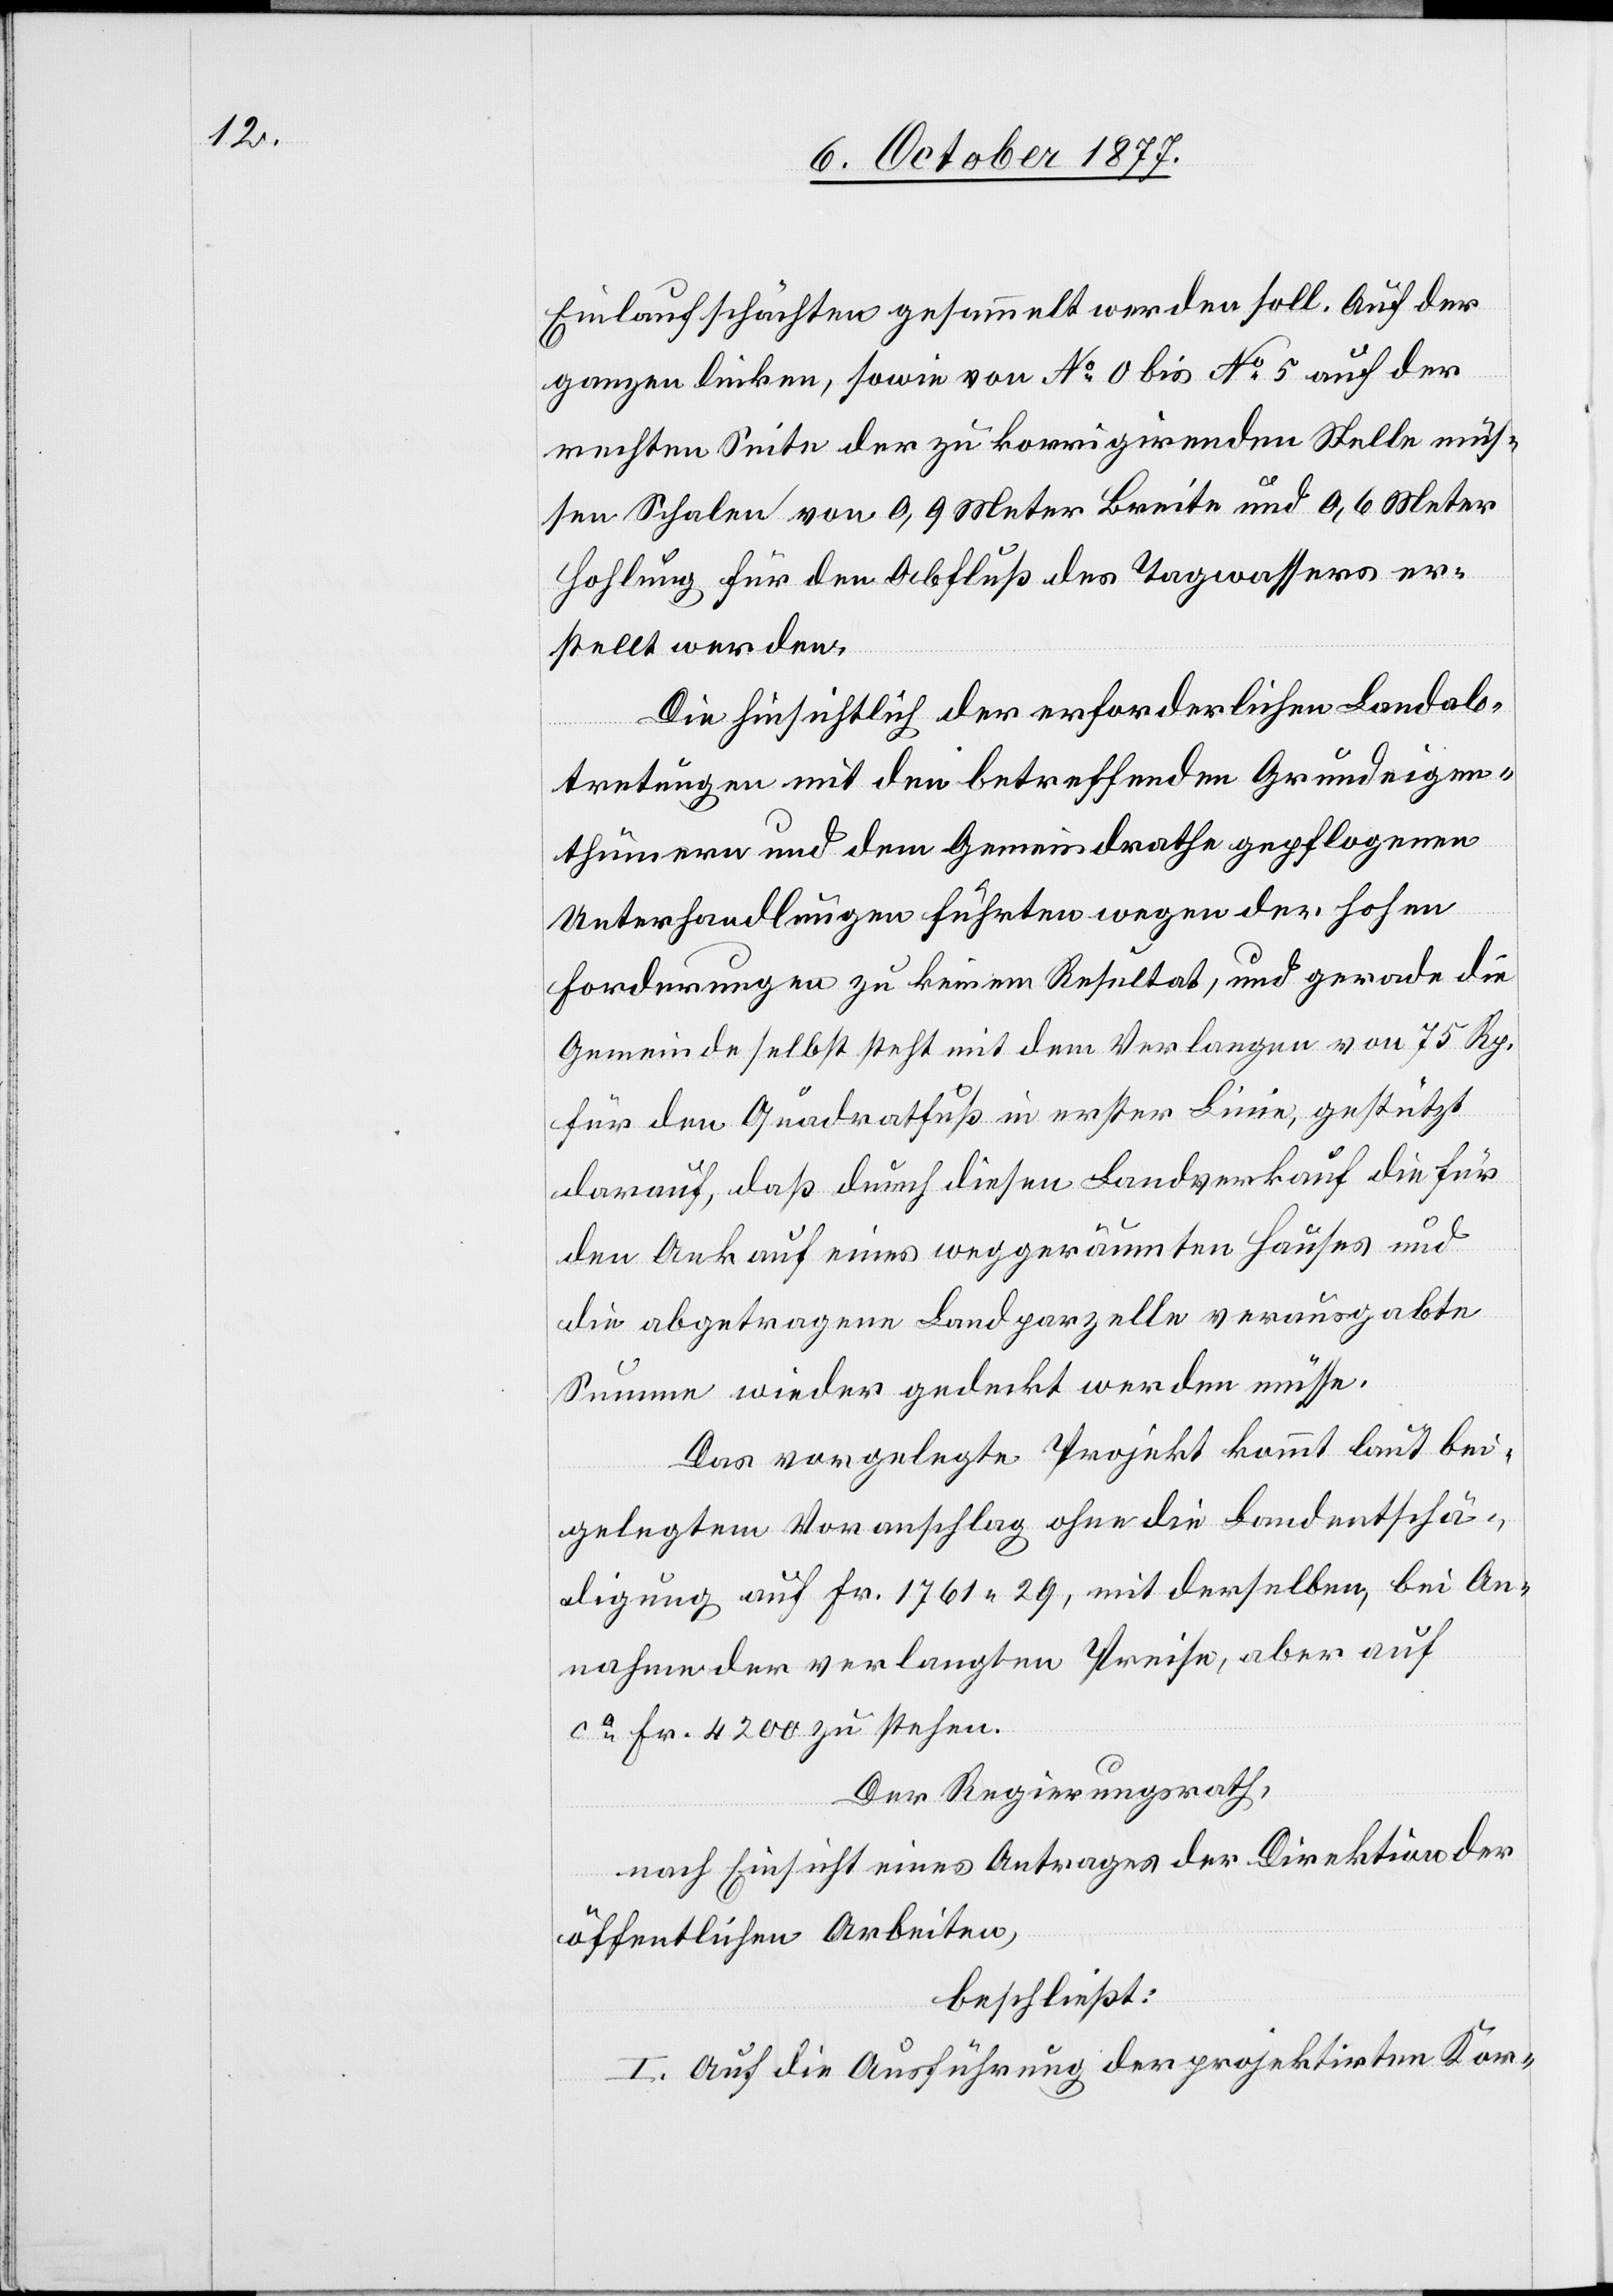
Einlaufschächten gesammelt werden soll. Auf der
ganzen linken, sowie von No 0 bis No 5 auf der
rechten Seite der zu korrigirenden Stelle müs¬
sen Schalen von 0,9 Meter Breite und 0,6 Meter
Hohlung für den Abfluß des Tagwassers er¬
stellt werden.
Die hinsichtlich der erforderlichen Landab¬
tretungen mit den betreffenden Grundeigen¬
thümern und dem Gemeindrathe gepflogenen
Unterhandlungen führten wegen der hohen
Forderungen zu keinem Resultat, und gerade die
Gemeinde selbst steht mit dem Verlangen von 75 Rp.
für den Quadratfuß in erster Linie, gestützt
darauf, daß durch diesen Landverkauf die für
den Ankauf eines weggeräumten Hauses und
die abgetragene Landparzelle verausgabte
Summe wieder gedeckt werden müsse.
Das vorgelegte Projekt kommt laut bei¬
gelegtem Voranschlag ohne die Landentschä¬
digung auf Fr. 1761 29, mit derselben, bei An¬
nahme der verlangten Preise, aber auf
ca Fr. 4200 zu stehen.
Der Regierungsrath,
nach Einsicht eines Antrages der Direktion der
öffentlichen Arbeiten,
beschließt:
I. Auf die Ausführung der projektirten Kor-